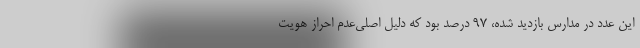
این عدد در مدارس بازدید شده، ۹۷ درصد بود که دلیل اصلی‌عدم احراز هویت